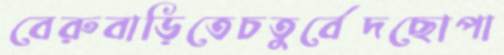
বেরুবাড়িতেচতুর্বেদছোপা